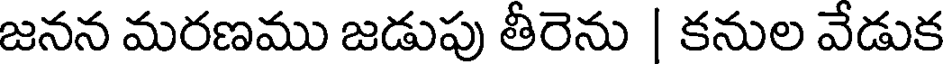
జనన మరణము జడుపు తీరెను | కనుల వేడుక